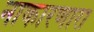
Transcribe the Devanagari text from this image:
नाकारणारा